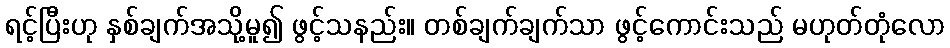
ရင့်ပြီးဟု နှစ်ချက်အသို့မူ၍ ဖွင့်သနည်း။ တစ်ချက်ချက်သာ ဖွင့်ကောင်းသည် မဟုတ်တုံလော